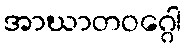
အာဃာတဝဂ္ဂေါ